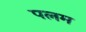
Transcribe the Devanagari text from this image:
पलम